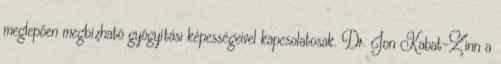
meglepően megbízható gyógyítási képességeivel kapcsolatosak. Dr. Jon Kabat-Zinn a